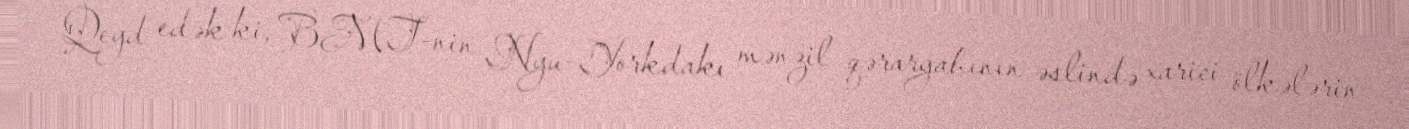
Qeyd edək ki, BMT-nin Nyu-Yorkdakı mənzil qərargahının əslində xarici ölkələrin